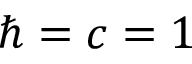
\hbar = c = 1